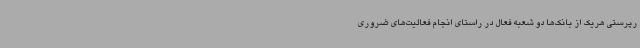
رپرستی هریک از بانک‌ها دو شعبه فعال در راستای انجام فعالیت‌های ضروری